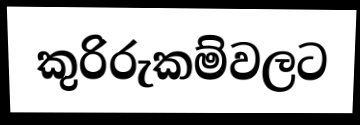
කුරිරුකම්වලට